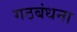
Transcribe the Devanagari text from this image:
गठबंधना